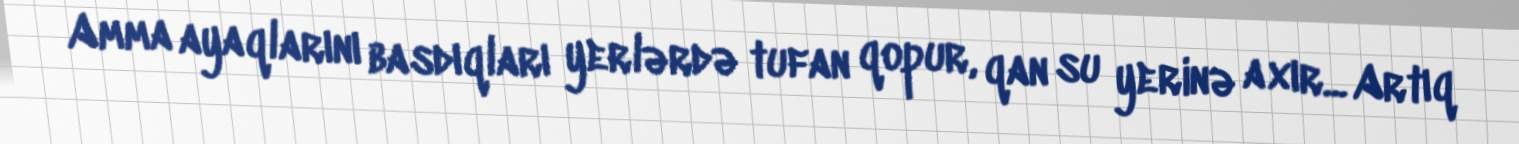
Amma ayaqlarını basdıqları yerlərdə tufan qopur, qan su yerinə axır... Artıq